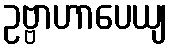
ဥဗ္ဗာဟာပေယျ